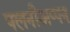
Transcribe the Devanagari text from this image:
पलनीअप्पन